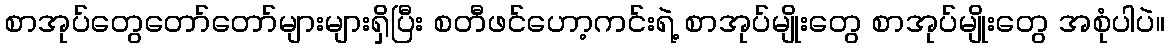
စာအုပ်တွေတော်တော်များများရှိပြီး စတီဖင်ဟော့ကင်းရဲ့ စာအုပ်မျိုးတွေ စာအုပ်မျိုးတွေ အစုံပါပဲ။